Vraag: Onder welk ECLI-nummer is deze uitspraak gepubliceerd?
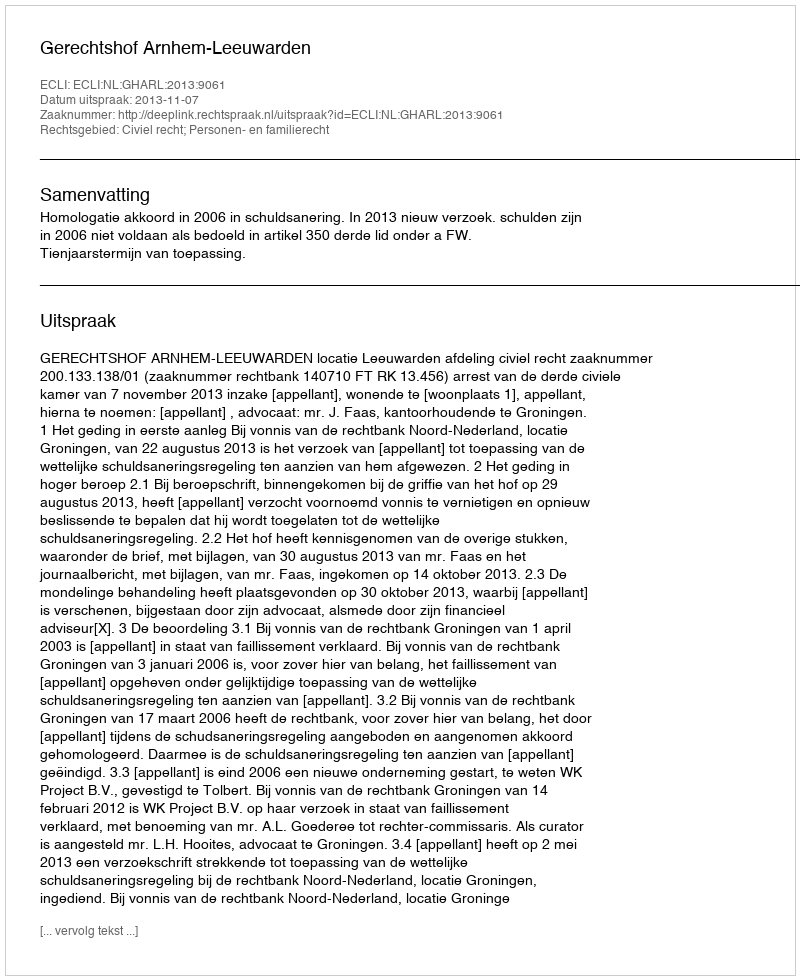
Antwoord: ECLI:NL:GHARL:2013:9061